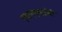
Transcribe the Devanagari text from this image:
एफएएसईबी